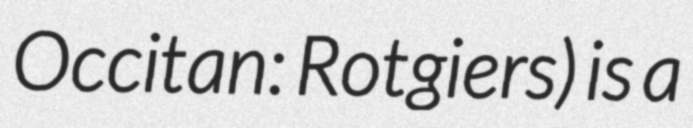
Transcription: Occitan: Rotgiers) is a